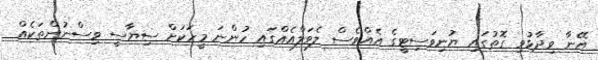
އޭނާ ވިދާޅުވި ގޮތުގައި ޔުނިވަސިޓީގެ އެއްވެސް ލެވަލްއެއްގައި ހުންނަ މީހަކަށް ސިޔާސީ ވިސްނުންތަކެއް